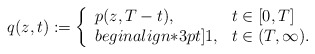
\begin{align*}q(z,t) := \left\{\begin{array}{lll}p(z,T -t), & t \in [0, T]\\begin{align*}3pt]1, & t \in (T, \infty). \end{array}\right.\end{align*}